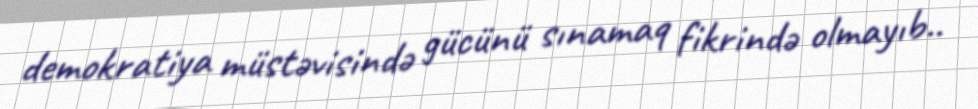
demokratiya müstəvisində gücünü sınamaq fikrində olmayıb..